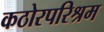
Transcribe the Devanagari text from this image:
कठोरपरिश्रम